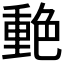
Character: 𰰙